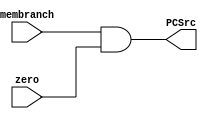
`timescale 1ns / 1ps
/* and.v */
module AND(
	input		wire	membranch, zero,
	output	wire	PCSrc
   );

	assign PCSrc = membranch && zero;
endmodule // and